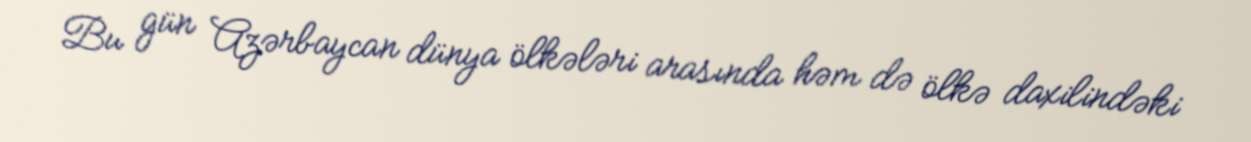
Bu gün Azərbaycan dünya ölkələri arasında həm də ölkə daxilindəki